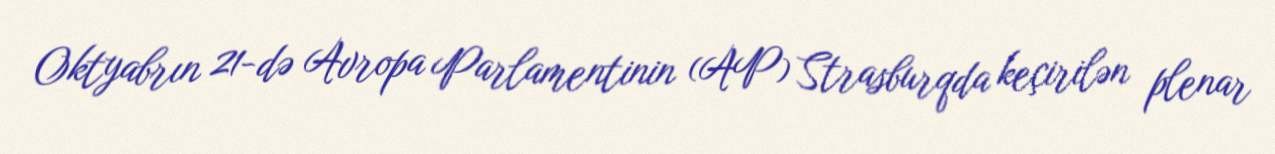
Oktyabrın 21-də Avropa Parlamentinin (AP) Strasburqda keçirilən plenar